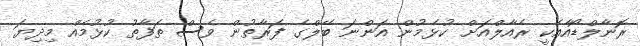
ރޮނާލްޑޯއާއެކީ ރެއާލްއަށް ކުޅެމުން އަންނަ ބޭލްގެ ފަރާތުން ވެސް ތަފާތު ކުޅުމެއް މިދިޔަ